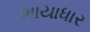
ભાયાધાર